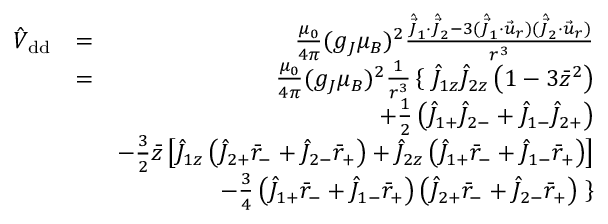
\begin{array} { r l r } { \hat { V } _ { \mathrm { { d d } } } } & { = } & { \frac { \mu _ { 0 } } { 4 \pi } ( g _ { J } \mu _ { B } ) ^ { 2 } \frac { \hat { \vec { J } } _ { 1 } \cdot \hat { \vec { J } } _ { 2 } - 3 ( \hat { \vec { J } } _ { 1 } \cdot \vec { u } _ { r } ) ( \hat { \vec { J } } _ { 2 } \cdot \vec { u } _ { r } ) } { r ^ { 3 } } } \\ & { = } & { \frac { \mu _ { 0 } } { 4 \pi } ( g _ { J } \mu _ { B } ) ^ { 2 } \frac { 1 } { r ^ { 3 } } \left\{ \right. \hat { J } _ { 1 z } \hat { J } _ { 2 z } \left( 1 - 3 \bar { z } ^ { 2 } \right) } \\ & { } & { + \frac { 1 } { 2 } \left( \hat { J } _ { 1 + } \hat { J } _ { 2 - } + \hat { J } _ { 1 - } \hat { J } _ { 2 + } \right) } \\ & { } & { - \frac { 3 } { 2 } \bar { z } \left[ \hat { J } _ { 1 z } \left( \hat { J } _ { 2 + } \bar { r } _ { - } + \hat { J } _ { 2 - } \bar { r } _ { + } \right) + \hat { J } _ { 2 z } \left( \hat { J } _ { 1 + } \bar { r } _ { - } + \hat { J } _ { 1 - } \bar { r } _ { + } \right) \right] } \\ & { } & { - \frac { 3 } { 4 } \left( \hat { J } _ { 1 + } \bar { r } _ { - } + \hat { J } _ { 1 - } \bar { r } _ { + } \right) \left( \hat { J } _ { 2 + } \bar { r } _ { - } + \hat { J } _ { 2 - } \bar { r } _ { + } \right) \left. \right\} } \end{array}